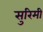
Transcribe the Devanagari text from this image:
सुरिमी